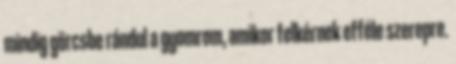
mindig görcsbe rándul a gyomrom, amikor felkérnek efféle szerepre.